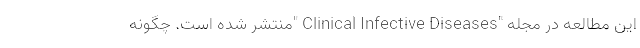
این مطالعه در مجله "Clinical Infective Diseases "منتشر شده است. چگونه